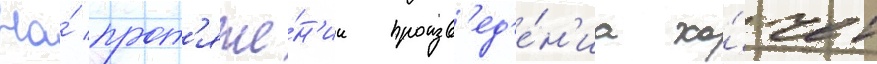
На́ прот'яже́н'ии произв'ед'е́н'иа хо́чет